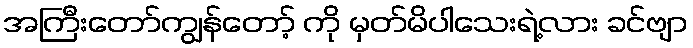
အကြီးတော်ကျွန်တော့် ကို မှတ်မိပါသေးရဲ့လား ခင်ဗျာ